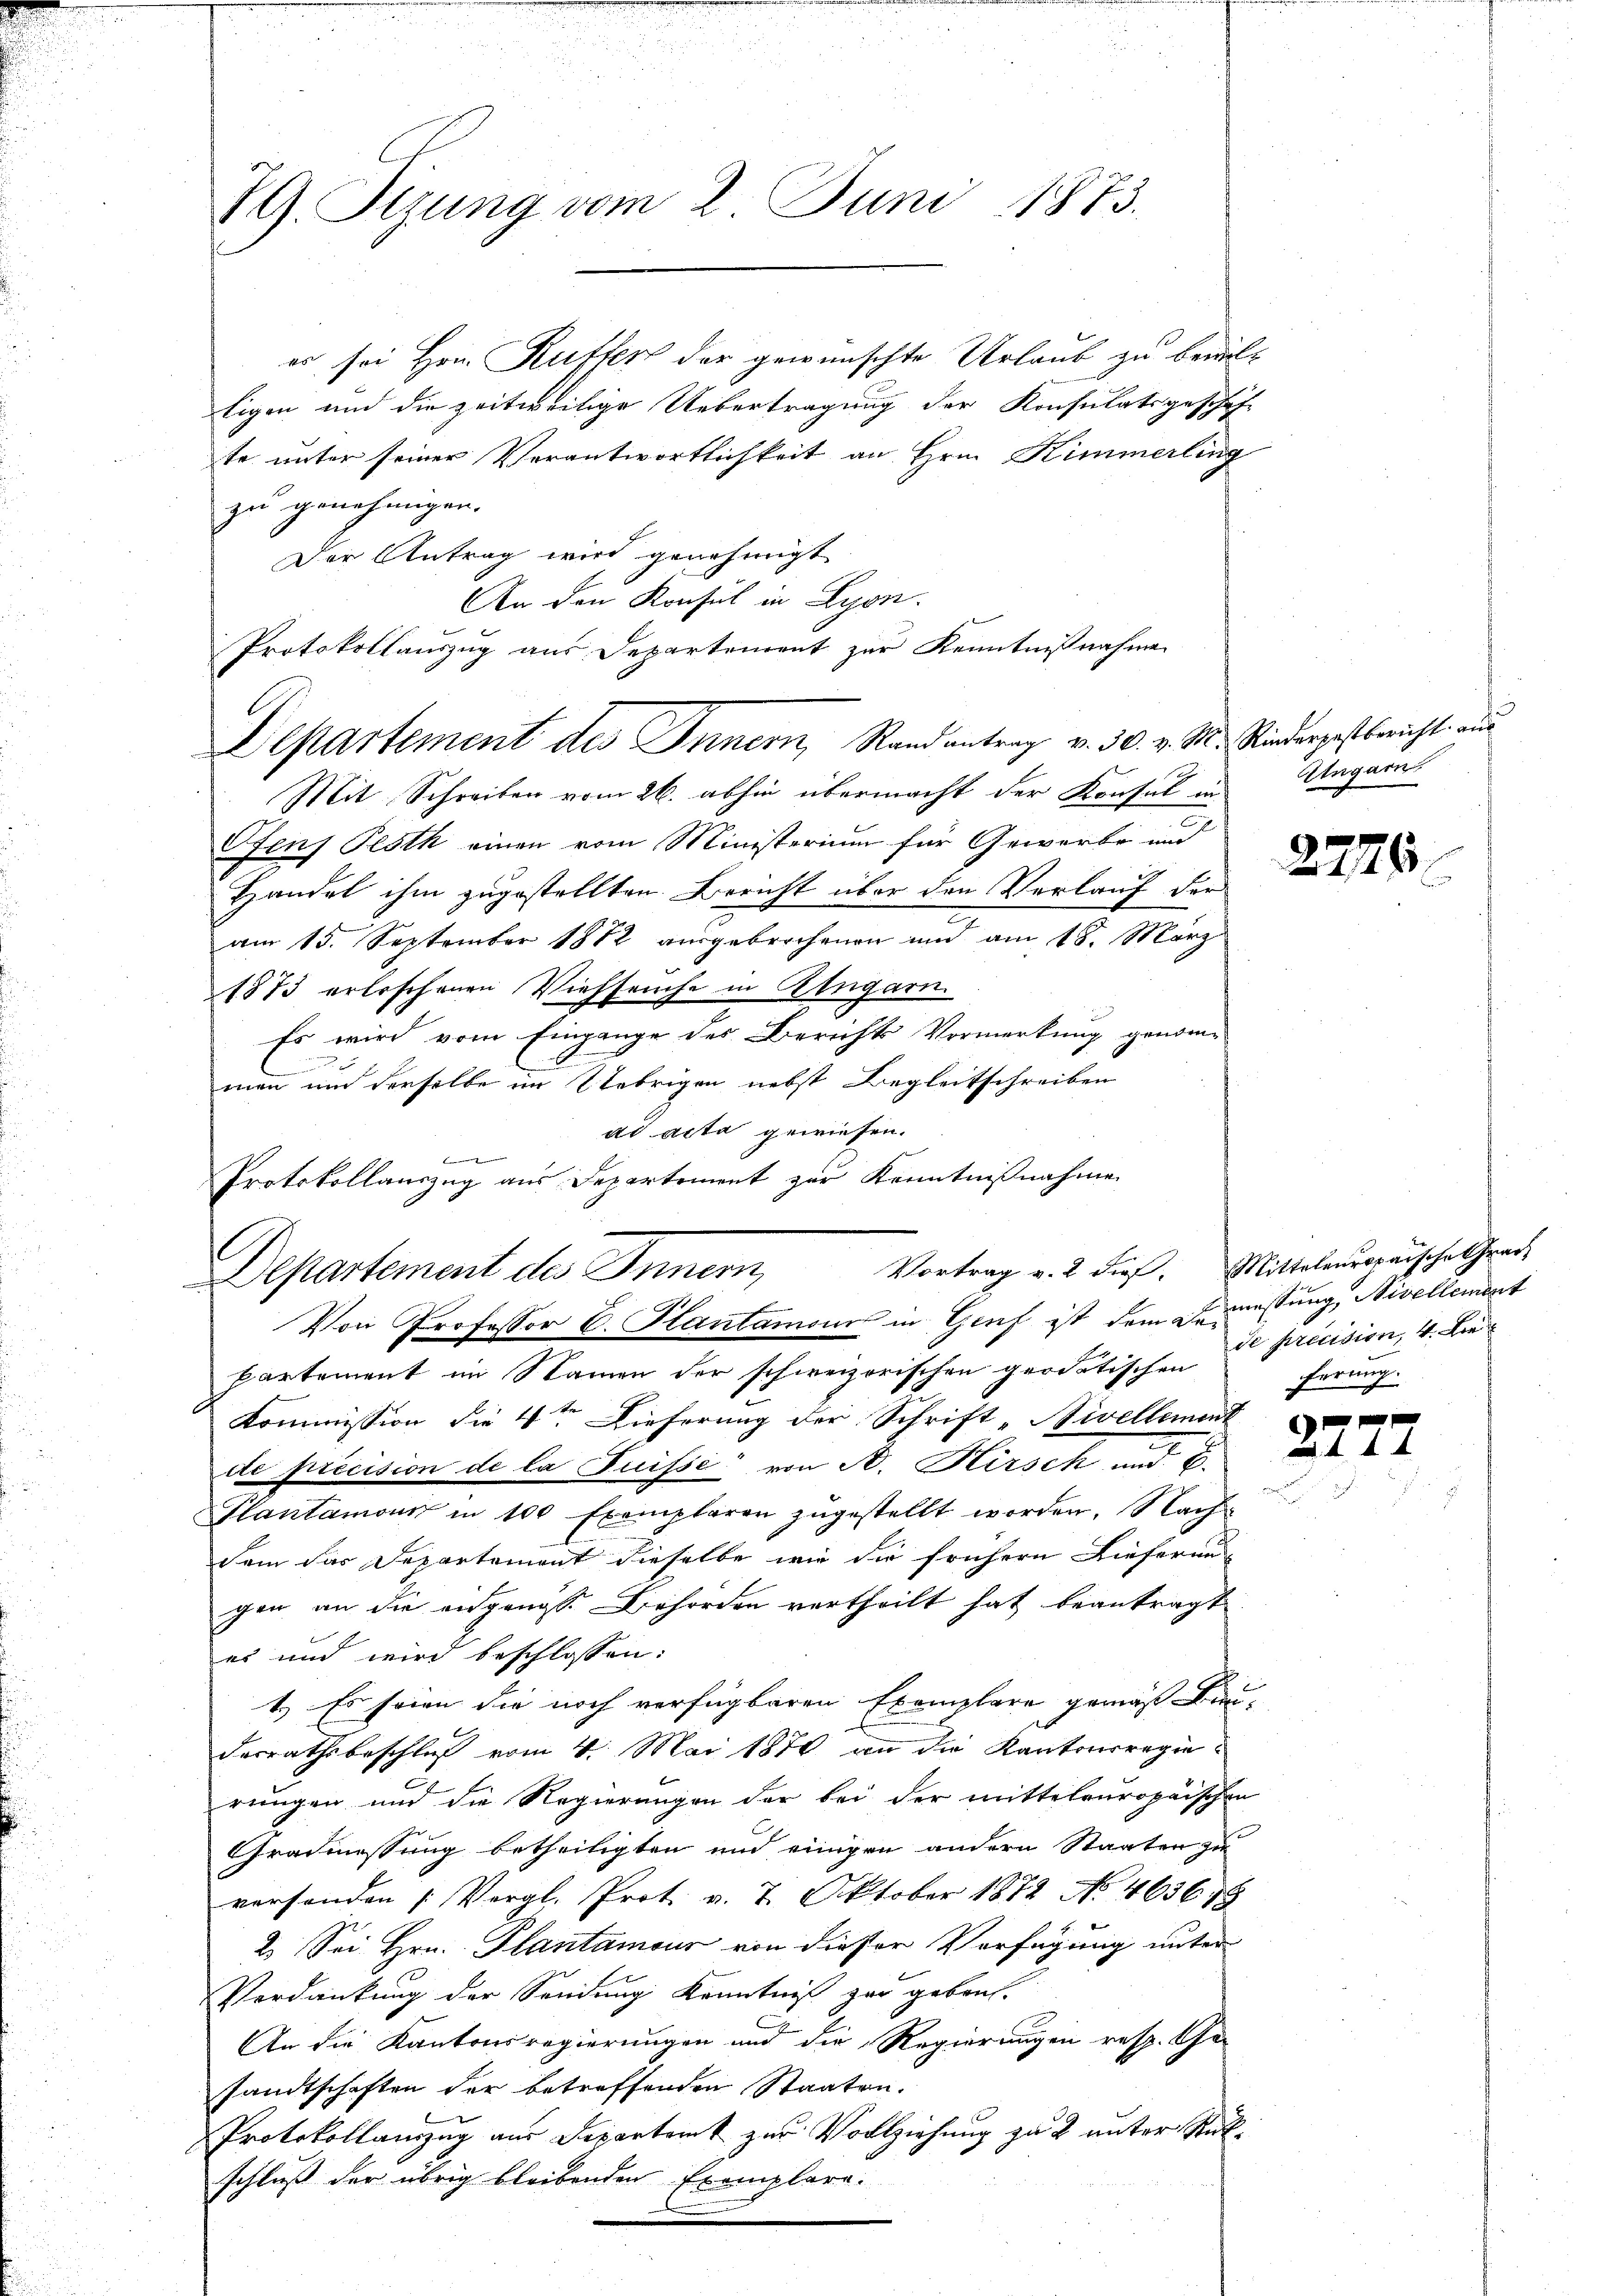
RG. Sizung vom 2. Juni 1873.

es sei Hrn. Rutter der gewünschte Urlaub zu bewil¬
Eigen und die zeitweilige Uebertragung der Konsulatsgeschäft
te unter seiner Verantwortlichkeit an Hrn. Kimmerling
zu genehmigen.
Der Antrag wird genehmigt
An den Konsul in Lyon.
Mit Schreiben vom 26. abhin übermacht der Konsul in
Sfens Festh einen vom Ministerium für Gewerbe und
Handel ihm zugestellten Bericht über den Verlauf der
am 15. September 1882 ausgebrochenen und am 18. März
1873 erloschenen Viehseuche in Klugarn.
Es wird vom Eingange des Berichts Vormerkung genomme
men um derselbe im Uebrigen nebst Begleitschreiben
ad acta gewiesen.
E
Protokollauszug aus Departement zur Kenntnißnahme

Protokollauszug aus Departement zur Kenntnißnahme
Departement des Innern, Randantrag v. 30. v. M. Rinderpostbericht aus

Vortrag v. 2 dieß.
Departement des Innern,
Von Professor C. Plantamour in Genf ist dem Geistung, Nivellement

Partement im Namen der schweizerischen geodatischen
Kommission die 4ten Dieferung der Schrift „Nivellement
de précision de la Suisse von B. Hirsch und 8.
Plantanons in 100 Exemplaren zŭgestellt worden. Nach
dem das Departement dieselbe wir die frühern Lieferun
gen an die engangs Behörden vertheilt hat beantragt
es und wird beschlossen:
1.) Es seien die noch verfügbaren Exemplare gemäß Bi-
derrathsbeschluß vom 4. Mai 1870 an die Kantonsregief
rungen und die Regierungen der bei der mittelruropaischen
Gradmessung betheiligten und einigen andern Staaten zu
versanden (Vergl. Prot. v. 7. Oktober 1872 No 463678
2. Sei Hrn. Plantamour von dieser Verfügung unter
Verdankung der Sendung Kenntniß zur gebrach¬
An die Kantonsregierungen und die Regierungen resp. Ge-
sandtschaften der betreffenden Staaten.
Protokollauszug aus Departamt zur Vollziehung zu 2 unter Rükschluß der übrig bleibenden Exemplare.

Aargau

2776.

Mittelenropaische trach
de précision, 4. Die
ferung.

22